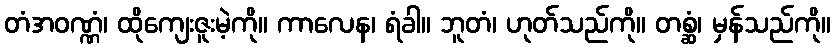
တံအဝဏ္ဏံ၊ ထိုကျေးဇူးမဲ့ကို။ ကာလေန၊ ရံခါ။ ဘူတံ၊ ဟုတ်သည်ကို။ တစ္ဆံ၊ မှန်သည်ကို။